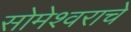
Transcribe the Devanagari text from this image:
सोमेश्वराचे